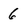
Character: 6